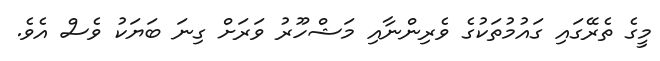
މީގެ ތެރޭގައި ގައުމުތަކުގެ ވެރިންނާއި މަޝްހޫރު ވަރަށް ގިނަ ބަޔަކު ވެސް އެވެ.